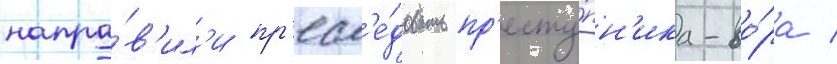
напра́в'ил'и пр'есл'е́довать пр'есту́пн'ика-во́ра /